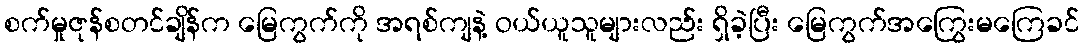
စက်မှုဇုန်စတင်ချိန်က မြေကွက်ကို အရစ်ကျနဲ့ ဝယ်ယူသူများလည်း ရှိခဲ့ပြီး မြေကွက်အကြွေးမကြေခင်